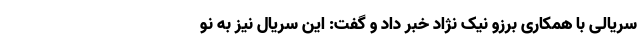
سریالی با همکاری برزو نیک نژاد خبر داد و گفت: این سریال نیز به نو